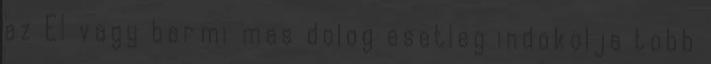
az EI vagy barmi mas dolog esetleg indokolja tobb